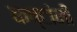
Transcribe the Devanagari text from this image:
कष्टांनी